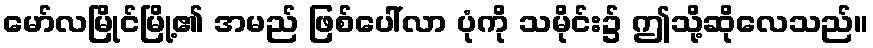
မော်လမြိုင်မြို့၏ အမည် ဖြစ်ပေါ်လာ ပုံကို သမိုင်း၌ ဤသို့ဆိုလေသည်။